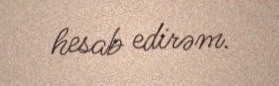
hesab edirəm.